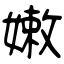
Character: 嫩